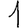
Digit: 1